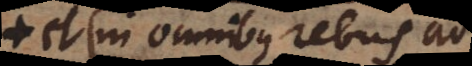
in omnibus rebus ad